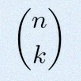
\binom{n}{k}